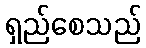
ရှည်စေသည်